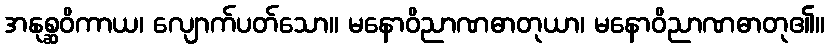
အနုစ္ဆဝိကာယ၊ လျောက်ပတ်သော။ မနောဝိညာဏဓာတုယာ၊ မနောဝိညာဏဓာတု၏။